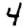
Digit: 4